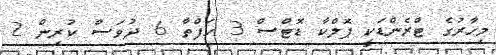
މިހާރުގެ ޓްރެންޑަކީ ޕޮލްކާ ޑޮޓްސް 3 ހަފްތާ 6 ދުވަސް ކުރިން 2